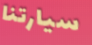
سيارتنا